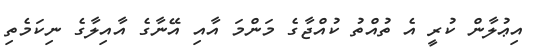
އިޢުލާން ކުރީ އެ ތުއްތު ކުއްޖާގެ މަންމަ އާއި އޭނާގެ އާއިލާގެ ނިކަމެތި